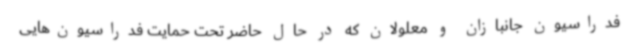
فدراسیون جانبازان و معلولان که در حال حاضر تحت حمایت فدراسیون‌هایی